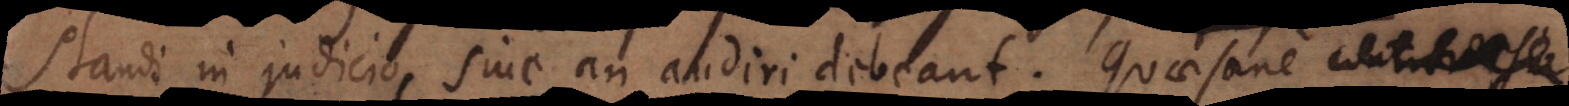
standi in judicio, sive an audiri debeant. Quae sane controversia